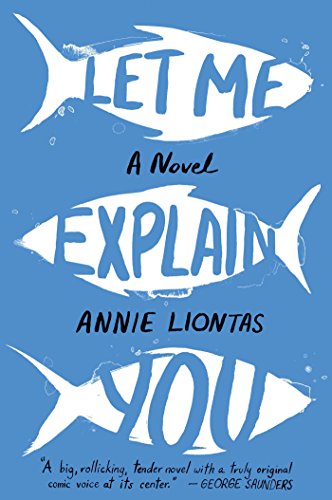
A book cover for Let Me Explain You: A Novel; Annie Liontas; Literature & Fiction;